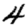
Digit: 4